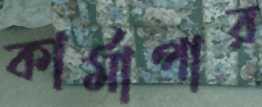
কার্মাপার